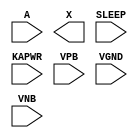
module sky130_fd_sc_lp__iso0p (
    //# {{data|Data Signals}}
    input  A    ,
    output X    ,

    //# {{power|Power}}
    input  SLEEP,
    input  KAPWR,
    input  VPB  ,
    input  VGND ,
    input  VNB
);
endmodule